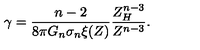
\gamma = \frac { n - 2 } { 8 \pi G _ { n } \sigma _ { n } \xi ( Z ) } \frac { Z _ { H } ^ { n - 3 } } { Z ^ { n - 3 } } .